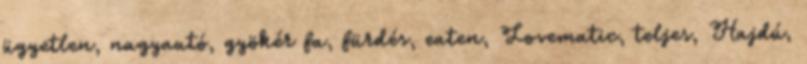
ügyetlen, nagyautó, gyökér fa, fürdés, eaten, Lovematic, teljes, Hajdú,